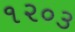
૧૨૦૩